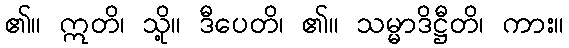
၏။ ဣတိ၊ သို့။ ဒီပေတိ၊ ၏။ သမ္မာဒိဋ္ဌီတိ၊ ကား။